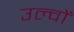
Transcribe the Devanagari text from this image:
उल्वों